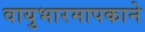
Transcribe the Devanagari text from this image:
वायुभारमापकाने